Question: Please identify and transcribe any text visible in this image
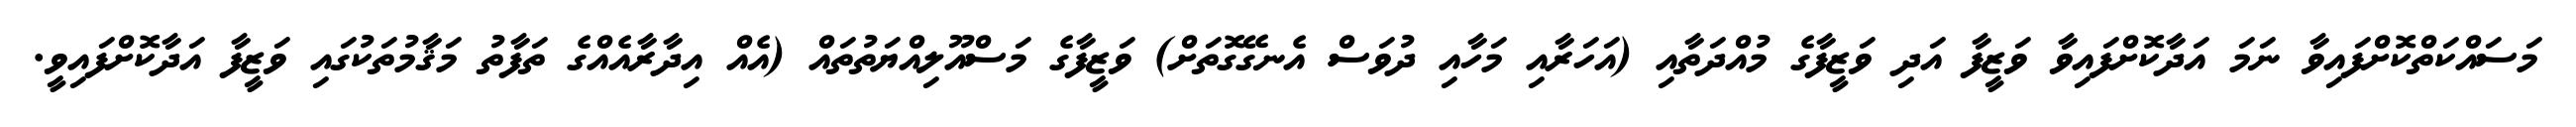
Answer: މަސައްކަތްކޮށްފައިވާ ނަމަ އަދާކޮށްފައިވާ ވަޒީފާ އަދި ވަޒީފާގެ މުއްދަތާއި (އަހަރާއި މަހާއި ދުވަސް އެނގޭގޮތަށް) ވަޒީފާގެ މަސްއޫލިއްޔަތުތައް (އެއް އިދާރާއެއްގެ ތަފާތު މަޤާމުތަކުގައި ވަޒީފާ އަދާކޮށްފައިވީ.